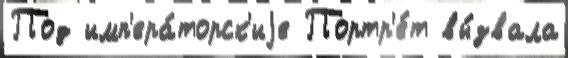
Под имп'ера́торск'иjе Портр'е́т вы́звала